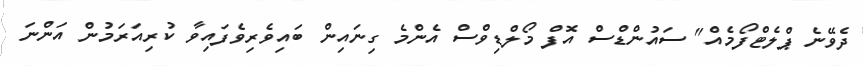
ދެވޭނެ ޕްލެޓްފޯމެއް" ސައުންޑްސް އޮފް މޯލްޑިވްސް އެންމެ ގިނައިން ބައިވެރިވެފައިވާ ކުރިއަރަމުން އަންނަ